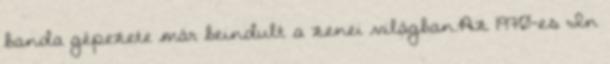
banda gépezete már beindult a zenei világban.Az 1970-es In